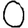
Digit: 0